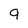
Character: 9